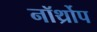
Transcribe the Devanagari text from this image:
नॉर्थ्रोप